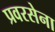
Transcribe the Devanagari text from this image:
प्रवरसेना